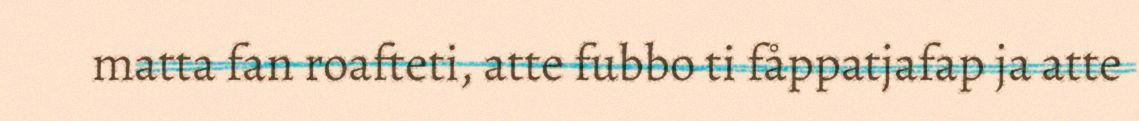
matta fan roafteti, atte fubbo ti fåppatjafap ja atte